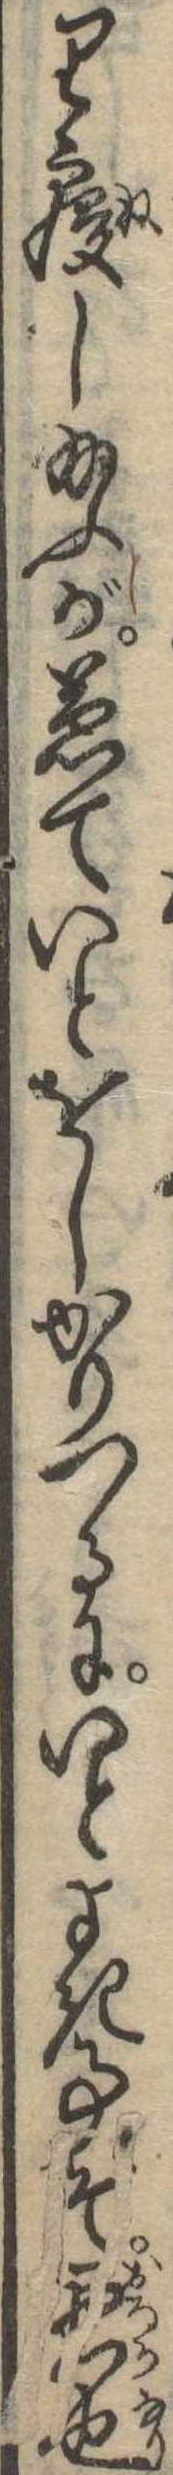
り寝し給ふが兼ていとをしかりつるにいとよき事ぞ愚也